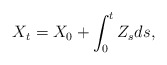
\begin{align*} X_t = X_0 + \int_0^t Z_sds, \end{align*}